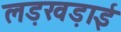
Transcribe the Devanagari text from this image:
लड़खड़ाई